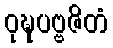
ဝုဍ္ဎပဗ္ဗဇိတံ